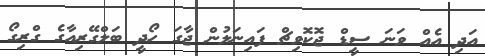
އަދި އެއް ވަނަ ސީޑް ޖޮކޮވިޗް ފައިނަލުން ޖާގަ ހޯދީ ބަލްގޭރިއާގެ ގްރިގޯ